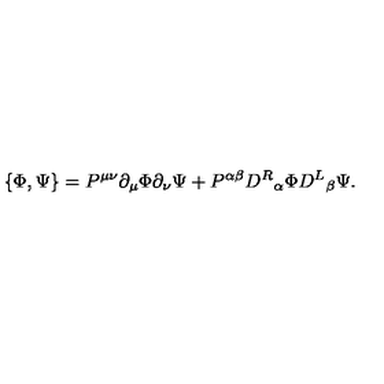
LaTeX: \{ \Phi , \Psi \} = P ^ { \mu \nu } \partial _ { \mu } \Phi \partial _ { \nu } \Psi + P ^ { \alpha \beta } { D ^ { R } } _ { \alpha } \Phi { D ^ { L } } _ { \beta } \Psi .